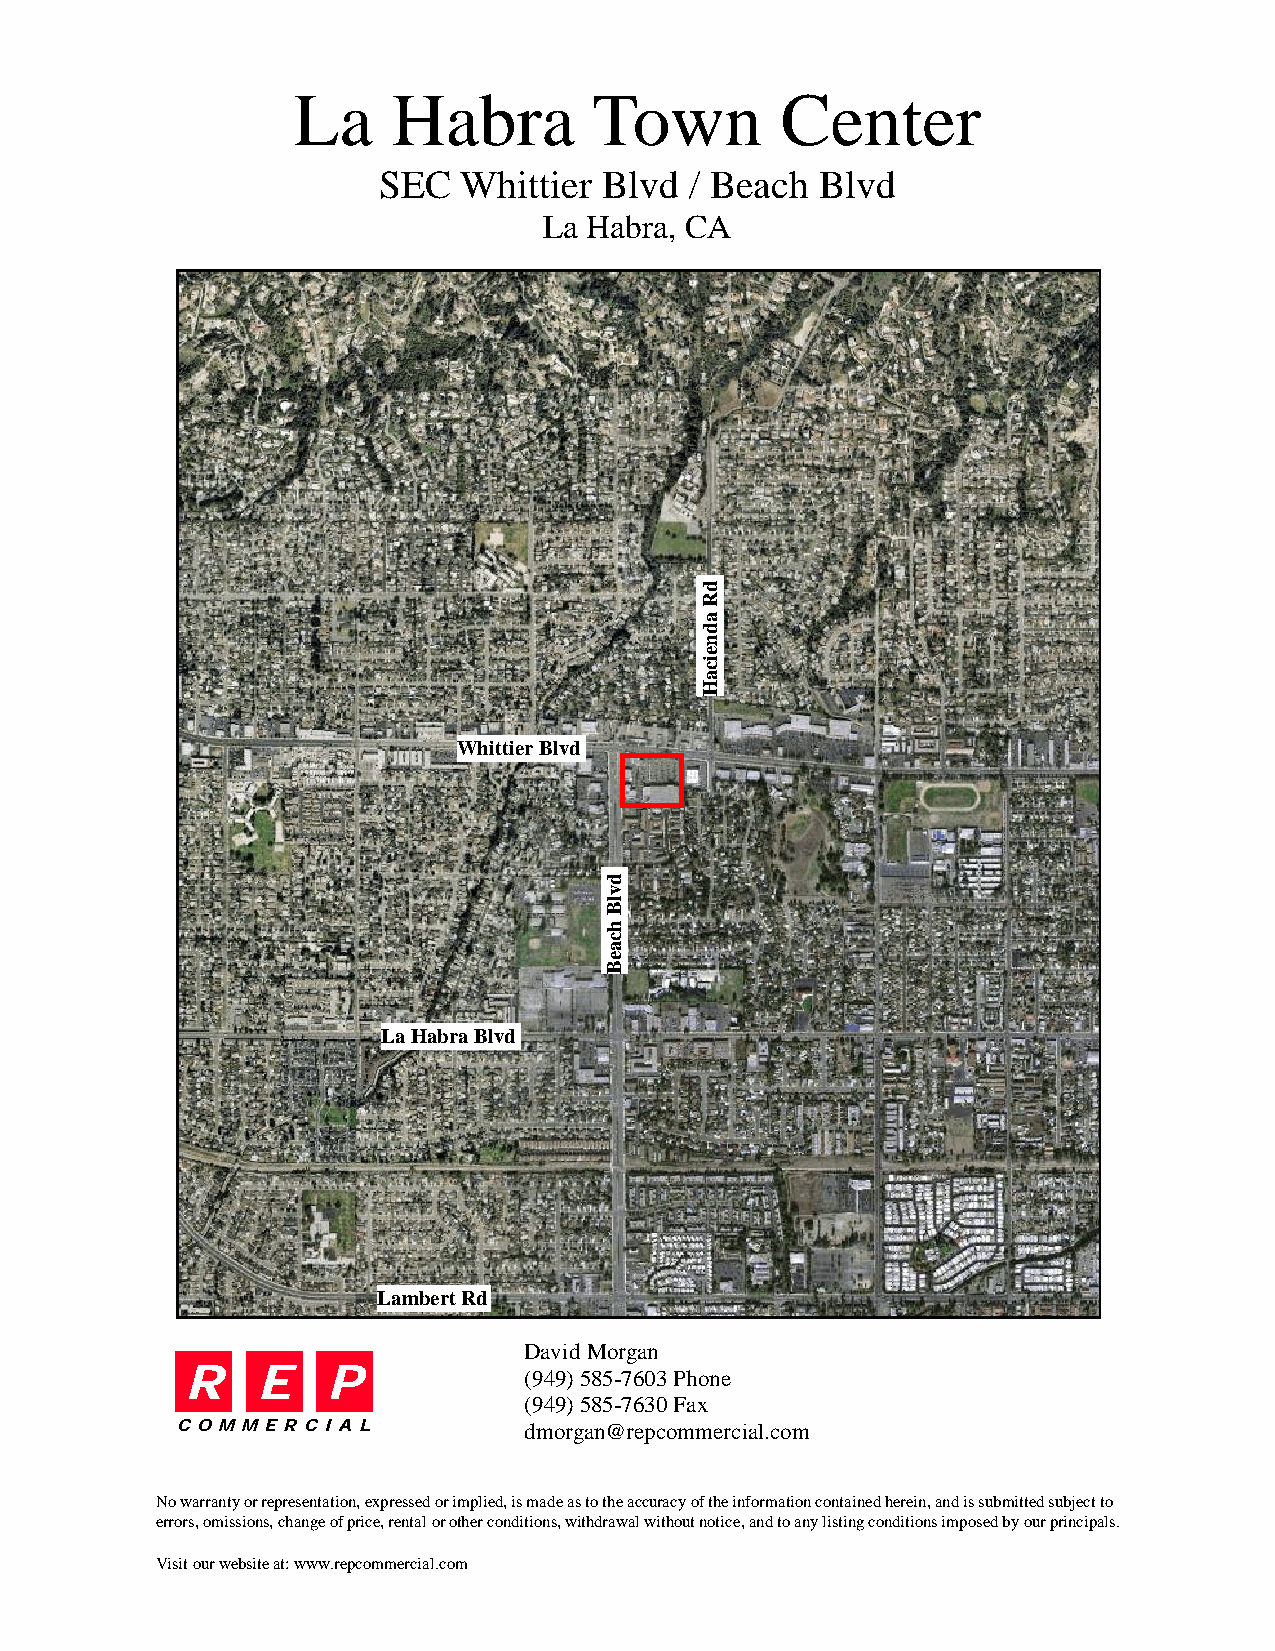
La     Habra        Town         Center
 SEC  Whittier  Blvd  / Beach Blvd
 La Habra, CA
 Whittier Blvd
 La Habra Blvd
 Lambert Rd
 David Morgan
 R    E    P            (949) 585-7603 Phone
 (949) 585-7630 Fax
 C O M M E R C I A L    dmorgan@repcommercial.com
 No warranty or representation, expressed or implied, is made as to the accuracy of the information contained herein, and is submitted subject to
 errors, omissions, change of price, rental or other conditions, withdrawal without notice, and to any listing conditions imposed by our principals.
 Visit our website at: www.repcommercial.com
 dvlB
 hcaeB
 dR
 adneicaH